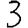
Digit: 3